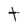
Character: t